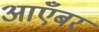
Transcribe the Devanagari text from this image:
आएँबर